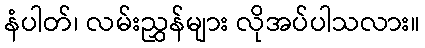
နံပါတ်၊ လမ်းညွှန်များ လိုအပ်ပါသလား။